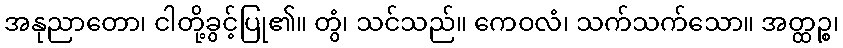
အနုညာတော၊ ငါတို့ခွင့်ပြု၏။ တွံ၊ သင်သည်။ ကေဝလံ၊ သက်သက်သော။ အတ္ထဉ္စ၊